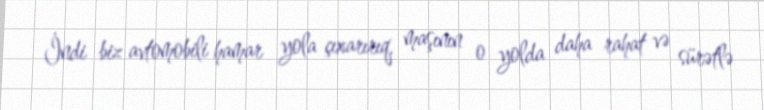
İndi biz avtomobili hamar yola çıxarırıq, maşının o yolda daha rahat və sürətlə